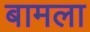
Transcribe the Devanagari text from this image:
बामला